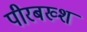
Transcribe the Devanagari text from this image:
पीरबख्श